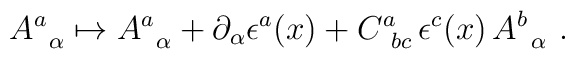
A^a_{\,\ \alpha} \mapsto A^a_{\,\ \alpha} + \partial_{\alpha} \epsilon^a (x) + C^a_{\ bc}\, \epsilon^c (x)\, A^b_{\,\ \alpha}\ .